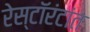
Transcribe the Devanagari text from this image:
रेस्टॉरंटांत